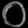
Digit: ၀